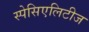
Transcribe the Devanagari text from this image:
स्पेसिएलिटीज